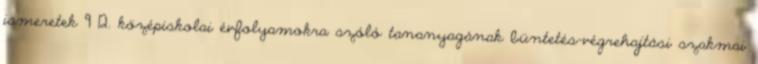
ismeretek 9 12. középiskolai évfolyamokra szóló tananyagának büntetés-végrehajtási szakmai